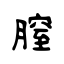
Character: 膣